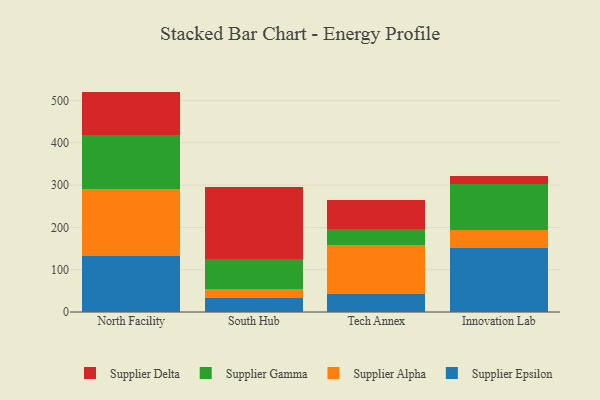
{"axis": {"x": "Campus", "y": "Churn Rate (%)"}, "legend": ["Supplier Alpha", "Supplier Delta", "Supplier Epsilon", "Supplier Gamma"], "data": [{"x": "North Facility", "y": 131.4, "type": "Supplier Epsilon"}, {"x": "North Facility", "y": 159.5, "type": "Supplier Alpha"}, {"x": "North Facility", "y": 127.5, "type": "Supplier Gamma"}, {"x": "North Facility", "y": 102.8, "type": "Supplier Delta"}, {"x": "South Hub", "y": 32.2, "type": "Supplier Epsilon"}, {"x": "South Hub", "y": 22.2, "type": "Supplier Alpha"}, {"x": "South Hub", "y": 70.2, "type": "Supplier Gamma"}, {"x": "South Hub", "y": 170.0, "type": "Supplier Delta"}, {"x": "Tech Annex", "y": 41.4, "type": "Supplier Epsilon"}, {"x": "Tech Annex", "y": 117.9, "type": "Supplier Alpha"}, {"x": "Tech Annex", "y": 38.0, "type": "Supplier Gamma"}, {"x": "Tech Annex", "y": 67.0, "type": "Supplier Delta"}, {"x": "Innovation Lab", "y": 152.5, "type": "Supplier Epsilon"}, {"x": "Innovation Lab", "y": 40.3, "type": "Supplier Alpha"}, {"x": "Innovation Lab", "y": 109.6, "type": "Supplier Gamma"}, {"x": "Innovation Lab", "y": 19.9, "type": "Supplier Delta"}]}